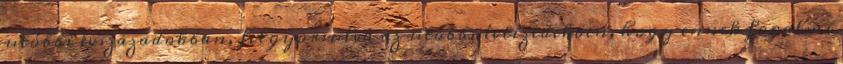
utóbbi évszázadokban, felgyorsulva az utóbbi évtizedekben, hogy ennek fogalmi